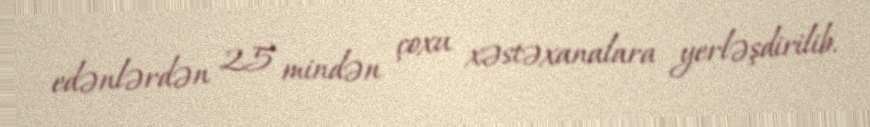
edənlərdən 25 mindən çoxu xəstəxanalara yerləşdirilib.